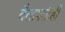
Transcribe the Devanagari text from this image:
दैतापतीही